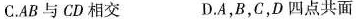
C.AB与CD相交 D.A，B，C，D四点共面